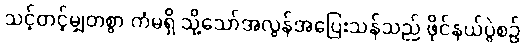
သင့်တင့်မျှတစွာ ကံမရှိ သို့သော်အလွန်အပြေးသန်သည် ဖိုင်နယ်ပွဲစဉ်